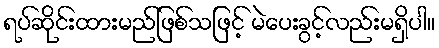
ရပ်ဆိုင်းထားမည်ဖြစ်သဖြင့် မဲပေးခွင့်လည်းမရှိပါ။